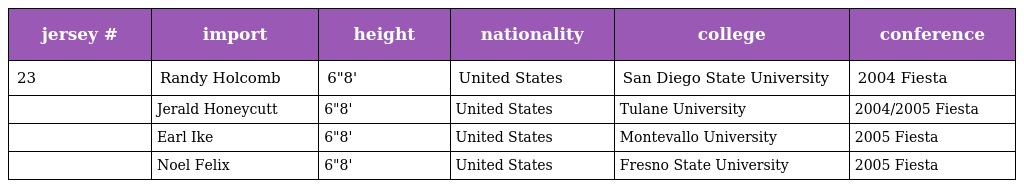
| jersey # | import | height | nationality | college | conference |
 | --- | --- | --- | --- | --- | --- |
 | 23 | Randy Holcomb | 6"8' | United States | San Diego State University | 2004 Fiesta |
 |  | Jerald Honeycutt | 6"8' | United States | Tulane University | 2004/2005 Fiesta |
 |  | Earl Ike | 6"8' | United States | Montevallo University | 2005 Fiesta |
 |  | Noel Felix | 6"8' | United States | Fresno State University | 2005 Fiesta |